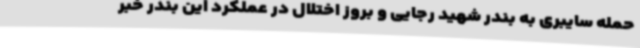
حمله سایبری به بندر شهید رجایی و بروز اختلال در عملکرد این بندر خبر